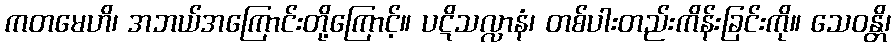
ကတမေဟိ၊ အဘယ်အကြောင်းတို့ကြောင့်။ ပဋိသလ္လာနံ၊ တစ်ပါးတည်းကိန်းခြင်းကို။ သေဝန္တိ၊